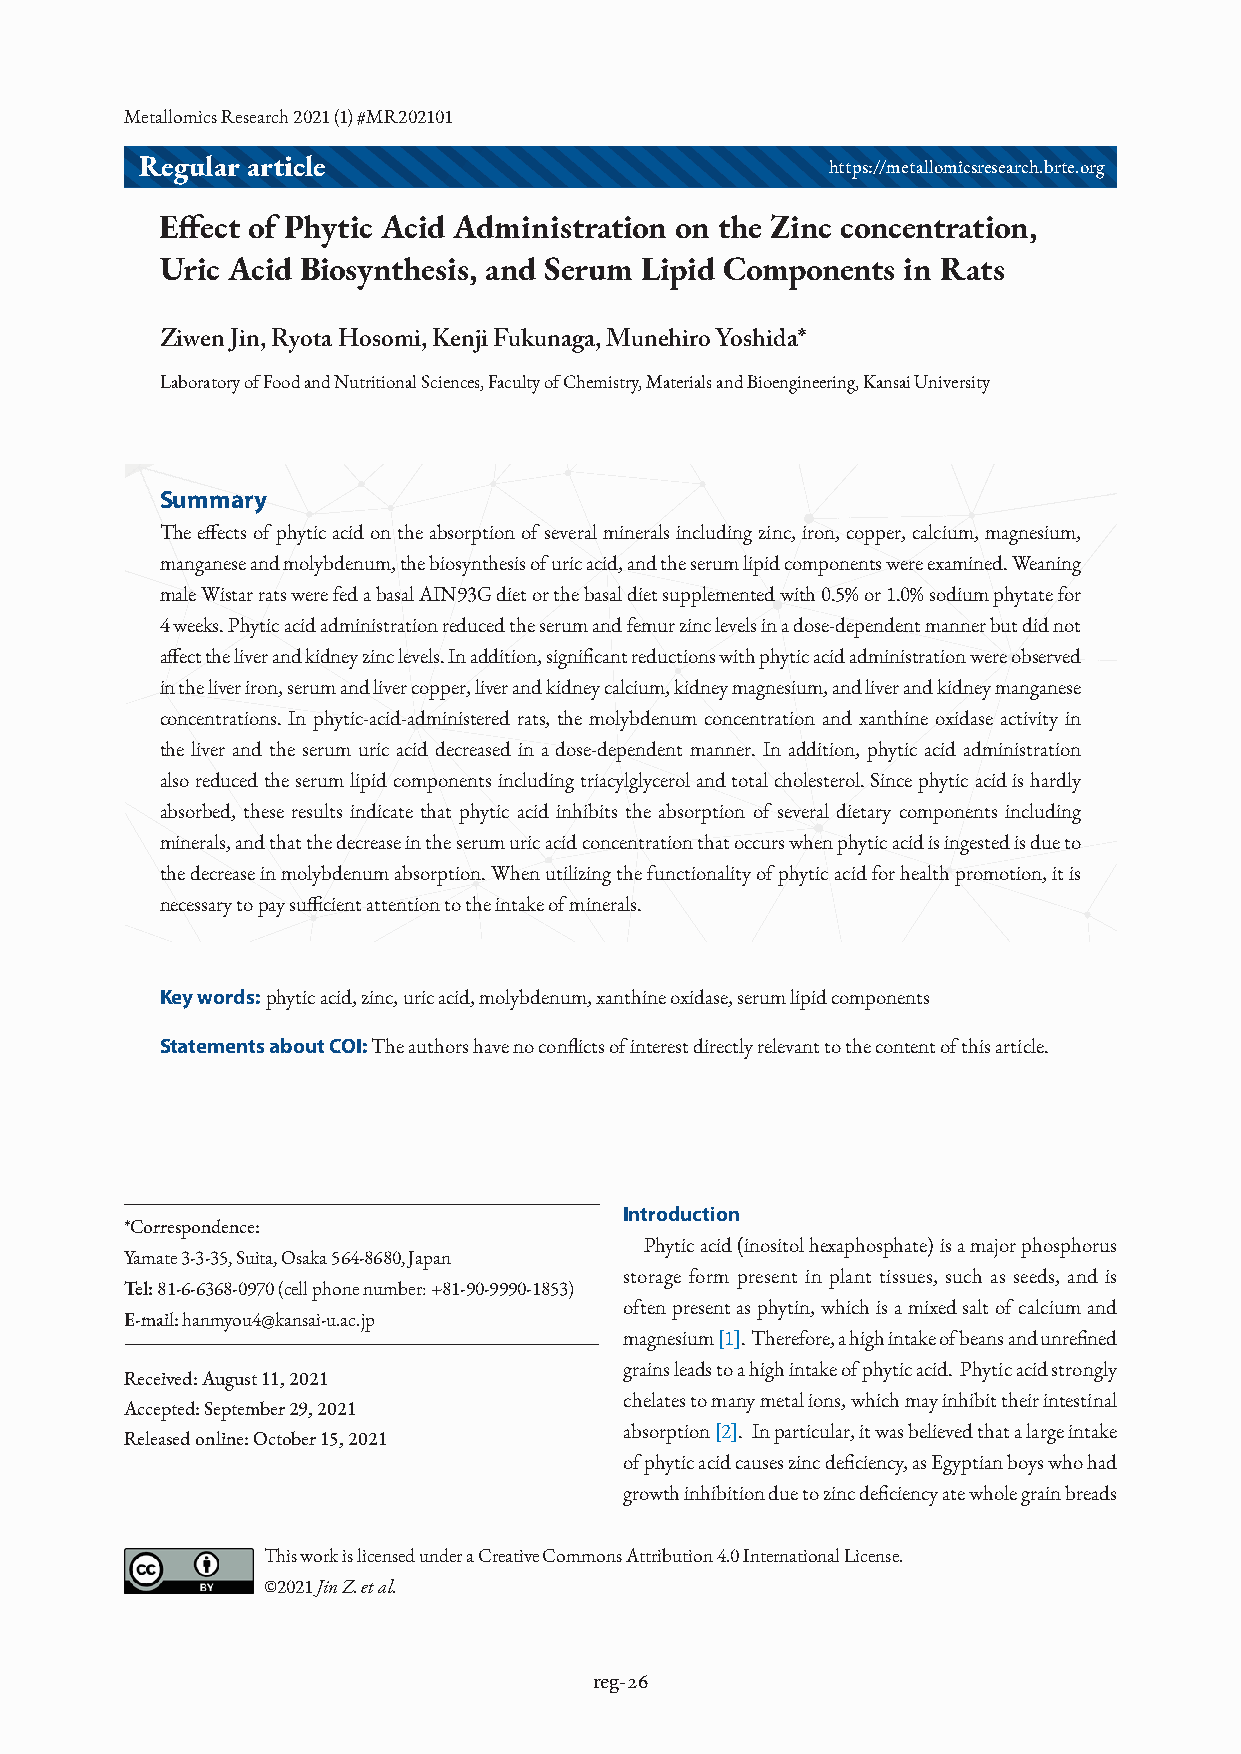
Metallomics Research 2021 (1) #MR202101
 Regular article                               https://metallomicsresearch.brte.org
 Eff ect of Phytic Acid Administration on the Zinc concentration,
 Uric Acid Biosynthesis, and Serum Lipid Components in Rats
 Ziwen Jin, Ryota Hosomi, Kenji Fukunaga, Munehiro Yoshida*
 Laboratory of Food and Nutritional Sciences, Faculty of Chemistry, Materials and Bioengineering, Kansai University
 Summary
 The eff ects of phytic acid on the absorption of several minerals including zinc, iron, copper, calcium, magnesium,
 manganese and molybdenum, the biosynthesis of uric acid, and the serum lipid components were examined. Weaning
 male Wistar rats were fed a basal AIN93G diet or the basal diet supplemented with 0.5% or 1.0% sodium phytate for
 4 weeks. Phytic acid administration reduced the serum and femur zinc levels in a dose-dependent manner but did not
 aff ect the liver and kidney zinc levels. In addition, signifi cant reductions with phytic acid administration were observed
 in the liver iron, serum and liver copper, liver and kidney calcium, kidney magnesium, and liver and kidney manganese
 concentrations. In phytic-acid-administered rats, the molybdenum concentration and xanthine oxidase activity in
 the liver and the serum uric acid decreased in a dose-dependent manner. In addition, phytic acid administration
 also reduced the serum lipid components including triacylglycerol and total cholesterol. Since phytic acid is hardly
 absorbed, these results indicate that phytic acid inhibits the absorption of several dietary components including
 minerals, and that the decrease in the serum uric acid concentration that occurs when phytic acid is ingested is due to
 the decrease in molybdenum absorption. When utilizing the functionality of phytic acid for health promotion, it is
 necessary to pay suffi cient attention to the intake of minerals.
 Key words: phytic acid, zinc, uric acid, molybdenum, xanthine oxidase, serum lipid components
 Statements about COI: The authors have no confl icts of interest directly relevant to the content of this article.
 Introduction
 *Correspondence:
 Phytic acid (inositol hexaphosphate) is a major phosphorus
 Yamate 3-3-35, Suita, Osaka 564-8680, Japan
 storage form present in plant tissues, such as seeds, and is
 Tel: 81-6-6368-0970 (cell phone number: +81-90-9990-1853)
 often present as phytin, which is a mixed salt of calcium and
 E-mail: hanmyou4@kansai-u.ac.jp
 magnesium [1]. Therefore, a high intake of beans and unrefi ned
 grains leads to a high intake of phytic acid. Phytic acid strongly
 Received: August 11, 2021
 chelates to many metal ions, which may inhibit their intestinal
 Accepted: September 29, 2021
 absorption [2]. In particular, it was believed that a large intake
 Released online: October 15, 2021
 of phytic acid causes zinc defi ciency, as Egyptian boys who had
 growth inhibition due to zinc defi ciency ate whole grain breads
 This work is licensed under a Creative Commons Attribution 4.0 International License.
 ©2021 Jin Z. et al.
 reg-26